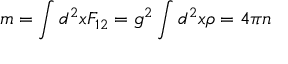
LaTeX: m = \int d ^ { 2 } x F _ { 1 2 } = g ^ { 2 } \int d ^ { 2 } x \rho = 4 \pi n